Tartu_linnavalitsus, lk 5
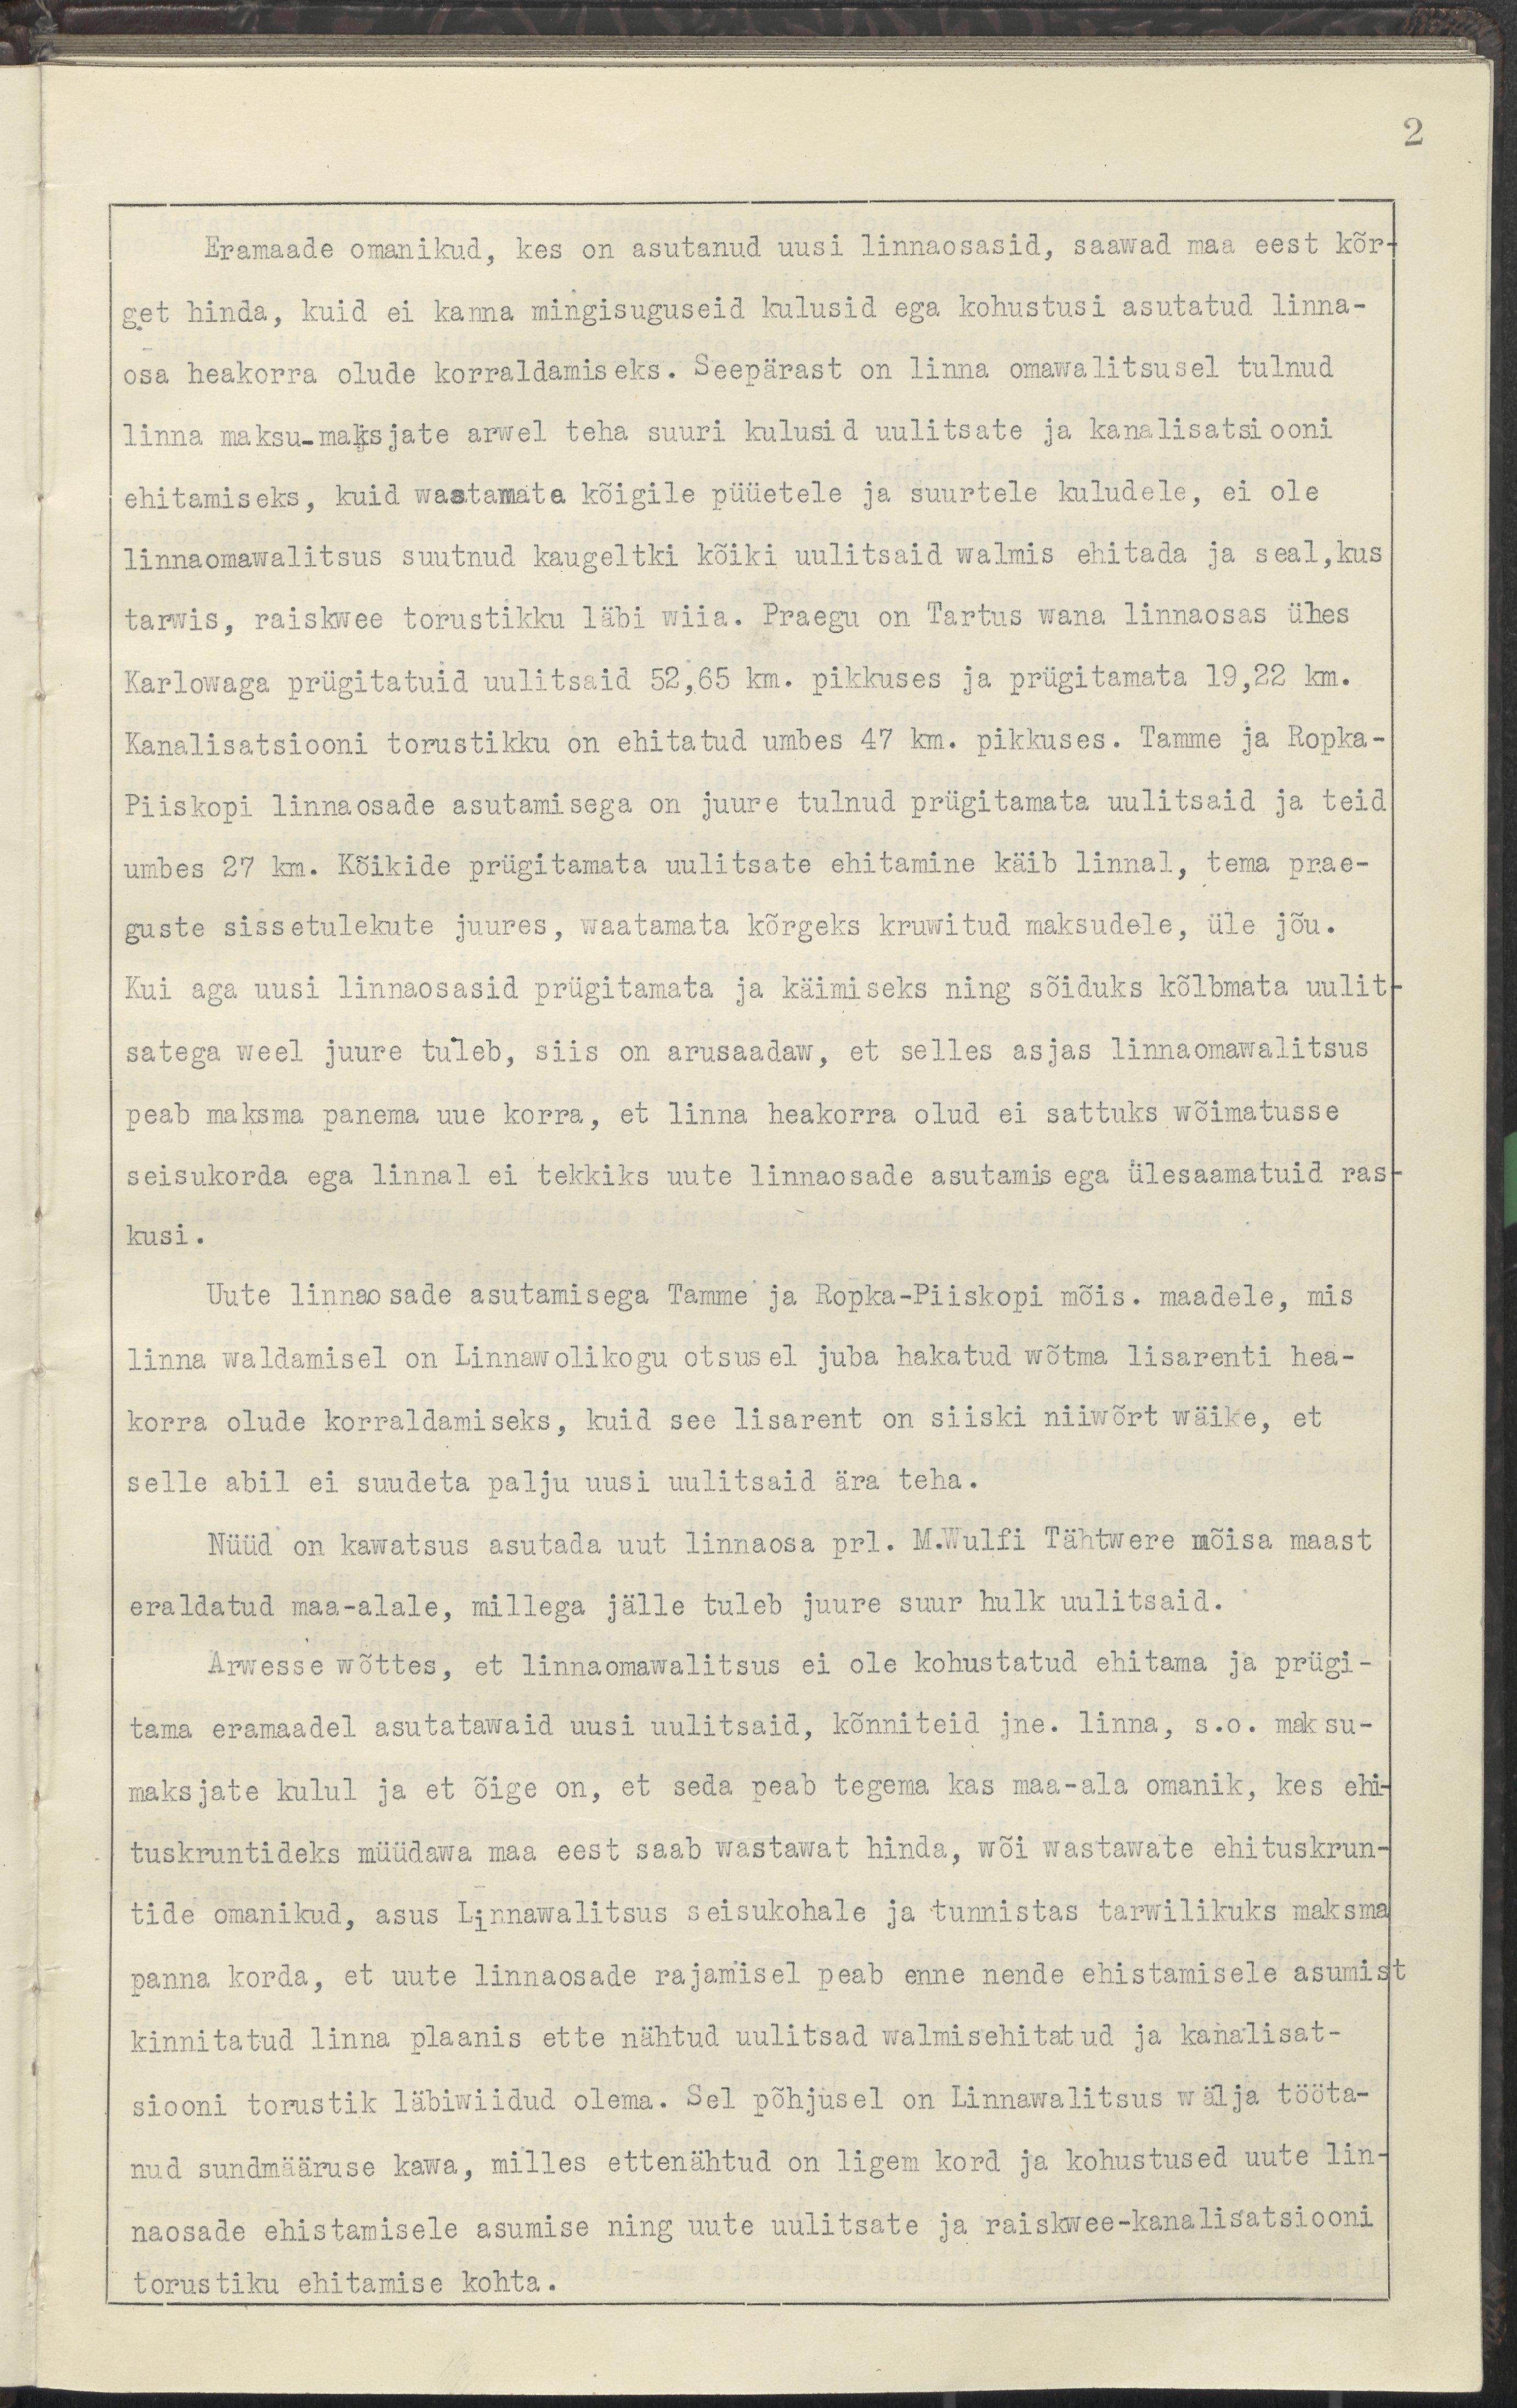
2
Eramaade omanikud, kes on asutanud uusi linnaosasid, saawad maa eest kõr-
get hinda, kuid ei kanna mingisuguseid kulusid ega kohustusi asutatud linna-
osa heakorra olude korraldamiseks. Seepärast on linna omawalitsusel tulnud
linna maksu-maksjate arwel teha suuri kulusid uulitsate ja kanalisatsiooni
ehitamiseks, kuid waatamata kõigile püüetele ja suurtele kuludele, ei ole
linnaomawalitsus suutnud kaugeltki kõiki uulitsaid walmis ehitada ja seal, kus
tarwis, raiskwee torustikku läbi wiia. Praegu on Tartus wana linnaosas ühes
Karlowaga prügitatuid uulitsaid 52,65 km. pikkuses ja prügitamata 19,22 km.
Kanalisatsiooni torustikku on ehitatud umbes 47 km. pikkuses. Tamme ja Ropka-
Piiskopi linnaosades asustamisega on juurde tulnud prügitamata uulitsaid ja teid
umbes 27 km. Kõikide prügitamata uulitsate ehitamine käib linnal, temaprae-
guste sissetulekute juures, waatamata kõrgeks kruwitud maksudele, üle jõu.
Kui aga uusi linnaosasid prügitamata ja käimiseks ning sõiduks kõlbmata uulit-
satega weel juurde tuleb, siis on arusaadaw, et selles asjas linnaomawalitsus
peab maksma panema oma uue korra, et linna heakorra olud ei satuks wõimatusse
seisukorda ega linnal ei tekkiks uute linnaosade asustamis ega ülesaamatuid ras-
kusi.
Uute linnaosade asutamisega Tamme ja Ropka-Piiskopi mõis. maadele, mis
linna waldamisel on Linnawolikogu otsusel juba hakatud wõtma lisarenti hea-
korra olude korraldamiseks, kuid see lisarent on siiski niiwõrd wäike, et
selle abil ei suudeta palju uusi uulitsaid ära teha.
Nüüd on kawatsus asutada uut linnaosa prl. M. Wulfi Tähtwere mõisa maast
eraldatud maa-alale, millega jälle tuleb juure suur hulk uulitsaid.
Arwesse wõttes, et linnaomawalitsus ei ole kohustatud ehitama ja prügi-
tama eramaadel asutawaid uusi uulitsaid, kõnniteid jne. Linna, s.o. maksu-
maksjate kulul ja et õige on, et seda peab tegema kas maa-ala omanik, kes ehi-
tuskruntideks müüdawa maa eest saab wastawat hinda, wõi wastawate ehituskrun-
tide omanikud, asus Linnawalitsus seisukohale ja tunnistas tarwilikuks maksma
panna korda, et uute linnaosade rajamisel peab enne nende ehistamisele asumist
kinnitatud linna plaanis ette nähtud uulitsad walmisehitatud ja kanalisat-
siooni torustik läbiwiidud olema. Sel põhjusel on Linnawalitsus wälja tööta-
nud sündmääruse kawa, milles ettenähtud on ligem kord ja kohustused uute lin-
naosade ehistamisele asumise ning uute uulitsate ja raiskwee-kanalisatsiooni
torustiku ehitamise kohta